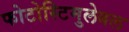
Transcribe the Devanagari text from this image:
फोटोस्टिमुलेबल